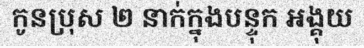
កូនប្រុស ២ នាក់ក្នុងបន្ទុក អង្គុយ